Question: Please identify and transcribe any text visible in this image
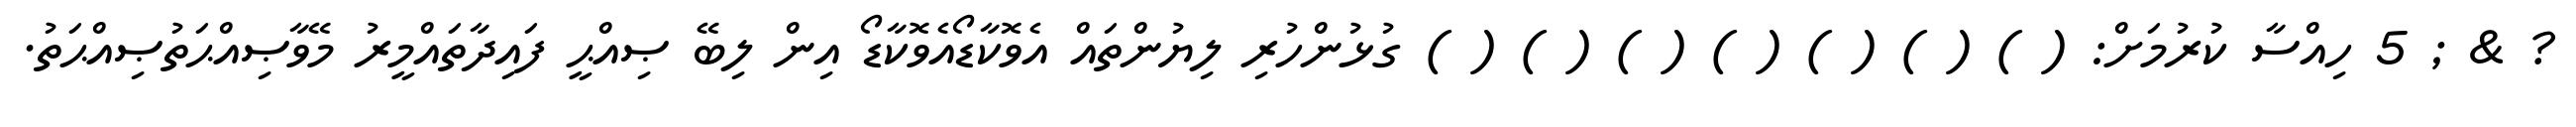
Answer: ? & ; 5 ހިއްސާ ކުރުމަށް: ( ) ( ) ( ) ( ) ( ) ( ) ( ) ގުޅުންހުރި ލިޔުންތައް އެވޮކާޑޯއެވޮކާޑޯ އިން ލިބޭ ޞިއްޙީ ފައިދާތައްމީރު މޭވާޞިއްޙަތުޞިއްޙަތު.